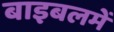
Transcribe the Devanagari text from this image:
बाइबलमें